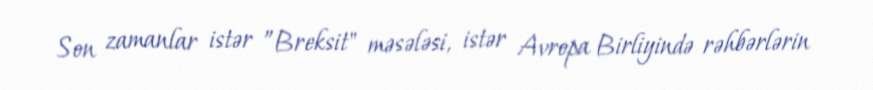
Son zamanlar istər ”Breksit" məsələsi, istər Avropa Birliyində rəhbərlərin